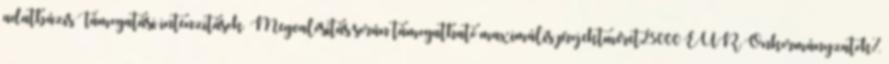
adatbázis Támogatási intenzitások ▪Megvalósítás során támogatható maximális projektméret25000 EUR▪Önkormányzatok%